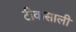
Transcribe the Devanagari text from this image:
टीकसाली